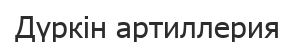
Дүркін артиллерия